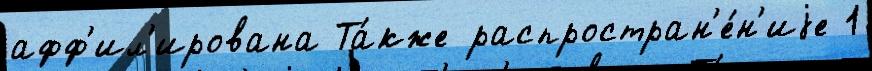
афф'ил'ирована Та́кже распростран'е́н'иjе 1